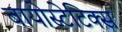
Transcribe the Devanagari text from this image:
बायोस्टेटिक्स